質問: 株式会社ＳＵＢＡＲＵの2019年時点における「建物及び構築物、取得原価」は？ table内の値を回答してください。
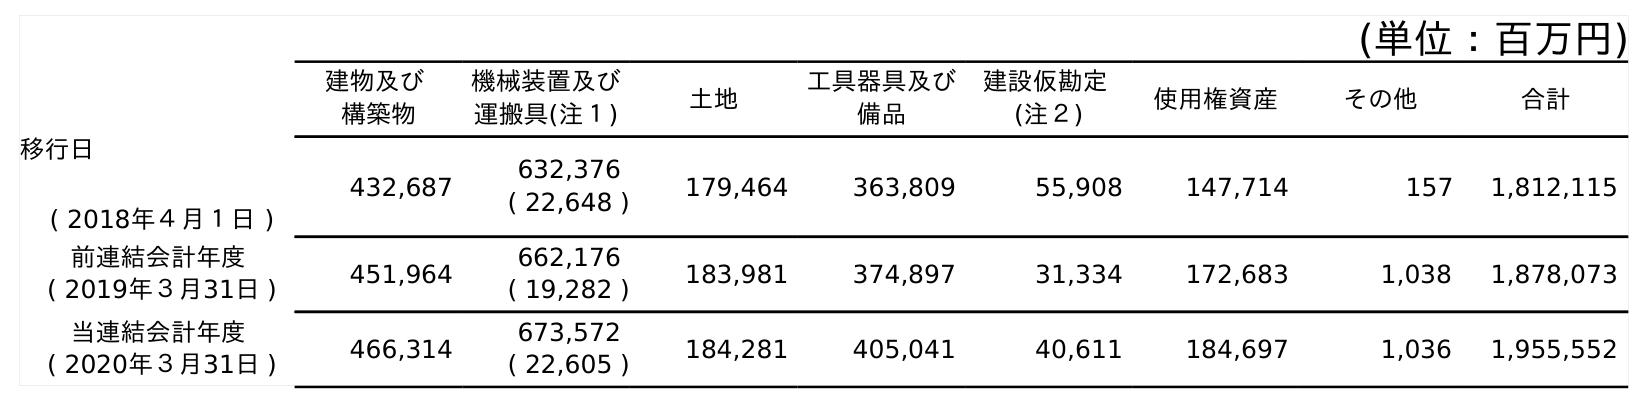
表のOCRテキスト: (単位：百万円) 建物及び 構築物 機械装置及び 運搬具(注１) 土地 工具器具及び 備品 建設仮勘定 (注２) 使用権資産 その他 合計 移行日 ( 2018年４月１日 ) 432,687 632,376 ( 22,648 ) 179,464 363,809 55,908 147,714 157 1,812,115 前連結会計年度 ( 2019年３月31日 ) 451,964 662,176 ( 19,282 ) 183,981 374,897 31,334 172,683 1,038 1,878,073 当連結会計年度 ( 2020年３月31日 ) 466,314 673,572 ( 22,605 ) 184,281 405,041 40,611 184,697 1,036 1,955,552
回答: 451,964